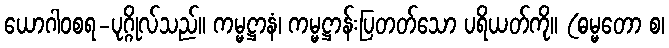
ယောဂါဝစရ-ပုဂ္ဂိုလ်သည်။ ကမ္မဋ္ဌာနံ၊ ကမ္မဋ္ဌာန်းပြတတ်သော ပရိယတ်ကို။ (ဓမ္မတော စ၊